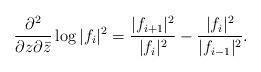
LaTeX: \begin{align*}\frac{\partial^2}{\partial z\partial\bar z}\log|f_i|^2=\frac{|f_{i+1}|^2}{|f_i|^2}-\frac{|f_i|^2}{|f_{i-1}|^2}.\end{align*}